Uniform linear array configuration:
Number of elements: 4
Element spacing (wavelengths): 1
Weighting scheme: hamming
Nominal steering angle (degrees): -45
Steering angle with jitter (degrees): -44.956
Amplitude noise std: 0.05
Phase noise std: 0.05

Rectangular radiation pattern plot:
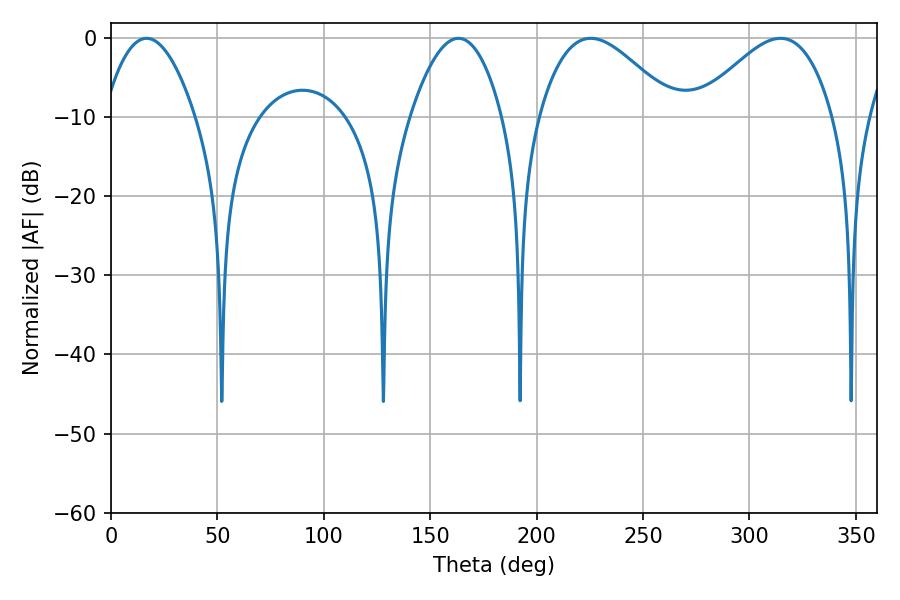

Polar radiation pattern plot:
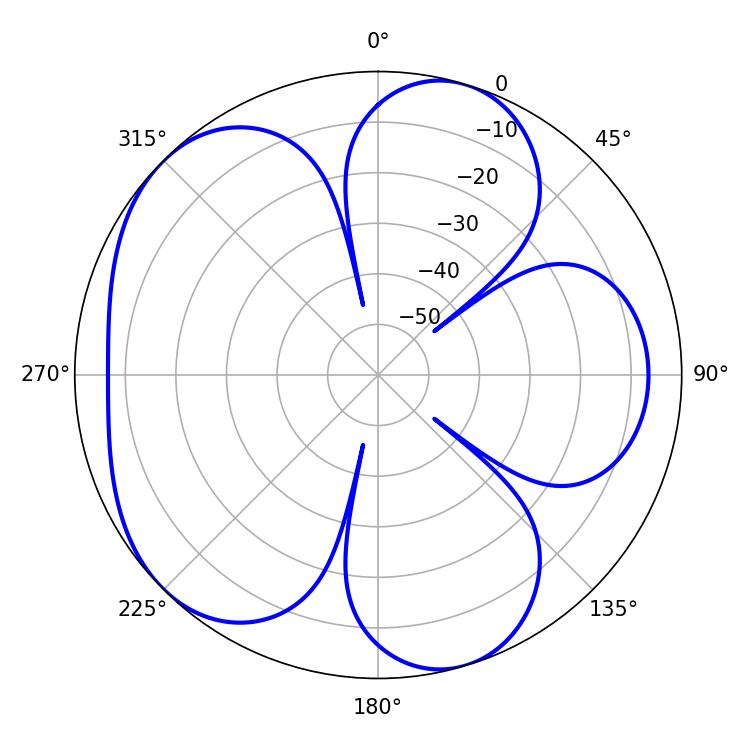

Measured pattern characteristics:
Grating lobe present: TRUE
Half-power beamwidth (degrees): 23.76
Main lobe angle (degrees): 16.74